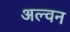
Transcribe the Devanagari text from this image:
अल्वन